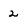
Character: 2